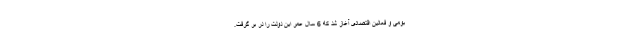
بومی و فعالین اقتصادی آغاز شد که 6 سال عمر این دولت را در بر گرفت.